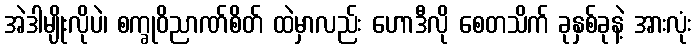
အဲဒါမျိုးလိုပဲ၊ စက္ခုဝိညာဏ်စိတ် ထဲမှာလည်း ဟောဒီလို စေတသိက် ခုနှစ်ခုနဲ့ အားလုံး